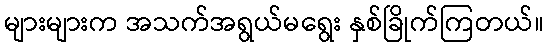
များများက အသက်အရွယ်မရွေး နှစ်ခြိုက်ကြတယ်။